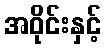
အဝိုင်းနှင့်